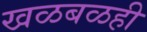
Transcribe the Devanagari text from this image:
खळबळही